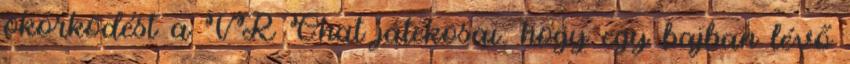
ökörködést a VR Chat játékosai, hogy egy bajban lévő